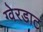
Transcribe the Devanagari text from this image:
ग्वेरडाट